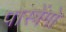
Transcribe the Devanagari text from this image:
पास्त्रेंगो